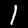
Digit: 1